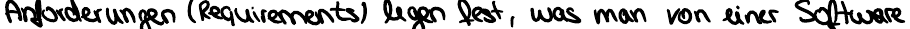
Anforderungen (Requirements) legen fest, was man von einer Software